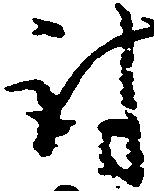
討